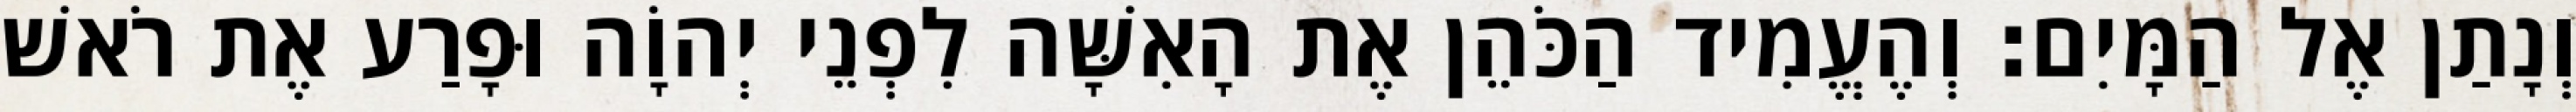
וְנָתַן אֶל הַמָּיִם׃ וְהֶעֱמִיד הַכֹּהֵן אֶת הָאִשָּׁה לִפְנֵי יְהוָֹה וּפָרַע אֶת רֹאשׁ